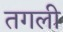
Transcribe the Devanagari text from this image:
तगली